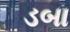
ડબા